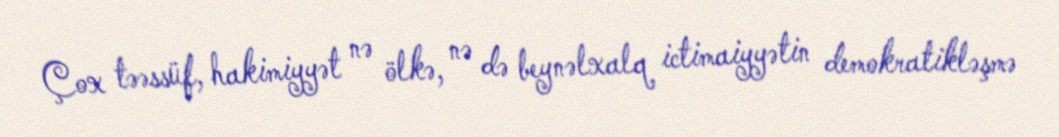
Çox təəssüf, hakimiyyət nə ölkə, nə də beynəlxalq ictimaiyyətin demokratikləşmə